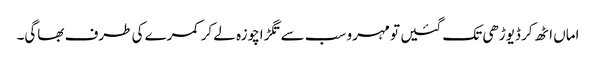
اماں اٹھ کر ڈیوڑھی تک گئیں تو مہرو سب سے تگڑاچوزہ لے کر کمرے کی طرف بھاگی۔